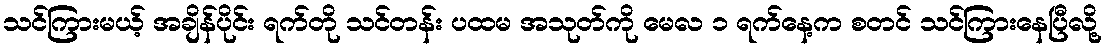
သင်ကြားမယ့် အချိန်ပိုင်း ရက်တို သင်တန်း ပထမ အသုတ်ကို မေလ ၁ ရက်နေ့က စတင် သင်ကြားနေပြီလို့